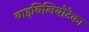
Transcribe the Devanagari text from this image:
बाइबिलियोटेका